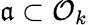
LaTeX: {\mathfrak{a}}\subset{\mathcal{O}}_{k}